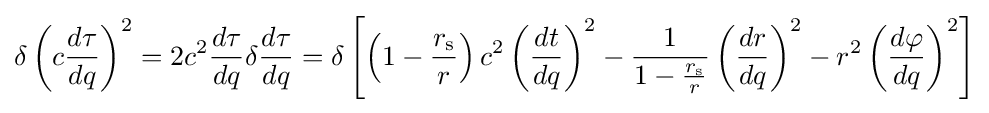
\delta \left(c{\frac {d\tau }{dq}}\right)^{2}=2c^{2}{\frac {d\tau }{dq}}\delta {\frac {d\tau }{dq}}=\delta \left[\left(1-{\frac {r_{\text{s}}}{r}}\right)c^{2}\left({\frac {dt}{dq}}\right)^{2}-{\frac {1}{1-{\frac {r_{\text{s}}}{r}}}}\left({\frac {dr}{dq}}\right)^{2}-r^{2}\left({\frac {d\varphi }{dq}}\right)^{2}\right]